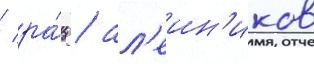
/ ра́ц / ал'еин'иков